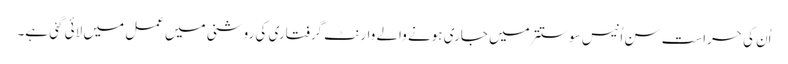
اُن کی حراست سن اُنیس سو ستتر میں جاری ہونے والے وارنٹ گرفتاری کی روشنی میں عمل میں لائی گئی ہے۔